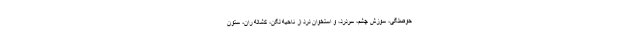
حوصلگی، سوزش چشم، سردرد، و استخوان درد از ناحیه لگن، کشاله ران، ستون